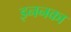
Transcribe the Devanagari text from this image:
इननका